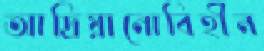
আদ্রিয়ানোবিহীন